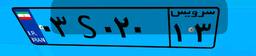
۰۳S۰۲۰۱۳